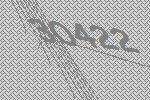
30422